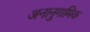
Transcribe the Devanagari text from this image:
अनानुगामिक